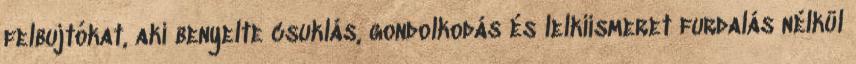
felbujtókat, aki benyelte csuklás, gondolkodás és lelkiismeret furdalás nélkül